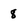
Character: 8